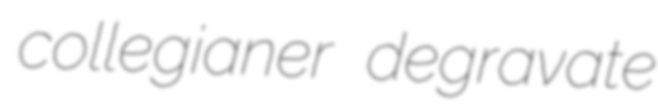
collegianer degravate